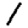
Digit: 1